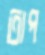
তাপ